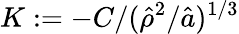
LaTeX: K:=-C/(\hat{\rho}^{2}/\hat{a})^{1/3}